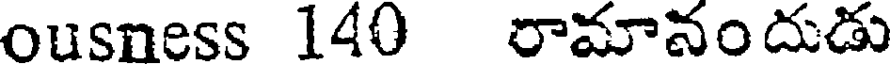
ousness 140 రామానందుడు